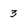
Character: 3